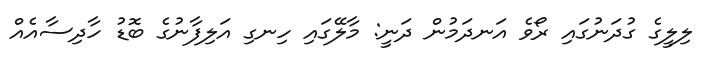
ލިލީގެ ގުދަނުގައި ރޯވެ އަނދަމުން ދަނީ: މާލޭގައި ހިނގި އަލިފާނުގެ ބޮޑު ހާދިސާއެއް